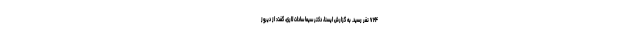
۷۲۴ نفر رسید. به گزارش ایسنا، دکتر سیما سادات لاری، ‌گفت: از دیروز